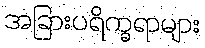
အခြားပရိက္ခရာများ